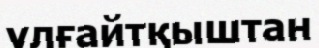
үлғайтқыштан